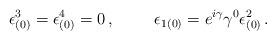
LaTeX: \begin{align*}\epsilon_{(0)}^3 = \epsilon_{(0)}^4 = 0\, ,\hspace{1cm}\epsilon_{1(0)} = e^{i\gamma}\gamma^0\epsilon_{(0)}^2\, .\end{align*}